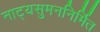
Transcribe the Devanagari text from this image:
नाट्यसुमननिर्मित